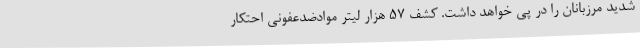
شدید مرزبانان را در پی خواهد داشت. کشف 57 هزار لیتر موادضدعفونی احتکار